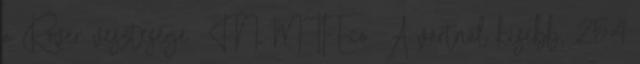
a Rover vesztesége FN, MTI-Eco A vártnál kisebb, 254